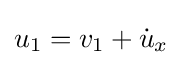
u_{1}=v_{1}+{\dot {u}}_{x}